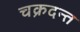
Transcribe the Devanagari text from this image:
चक्रदन्त